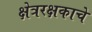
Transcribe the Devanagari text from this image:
क्षेत्ररक्षकाचे